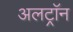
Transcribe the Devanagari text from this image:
अलट्राॅन